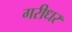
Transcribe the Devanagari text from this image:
गरीधर